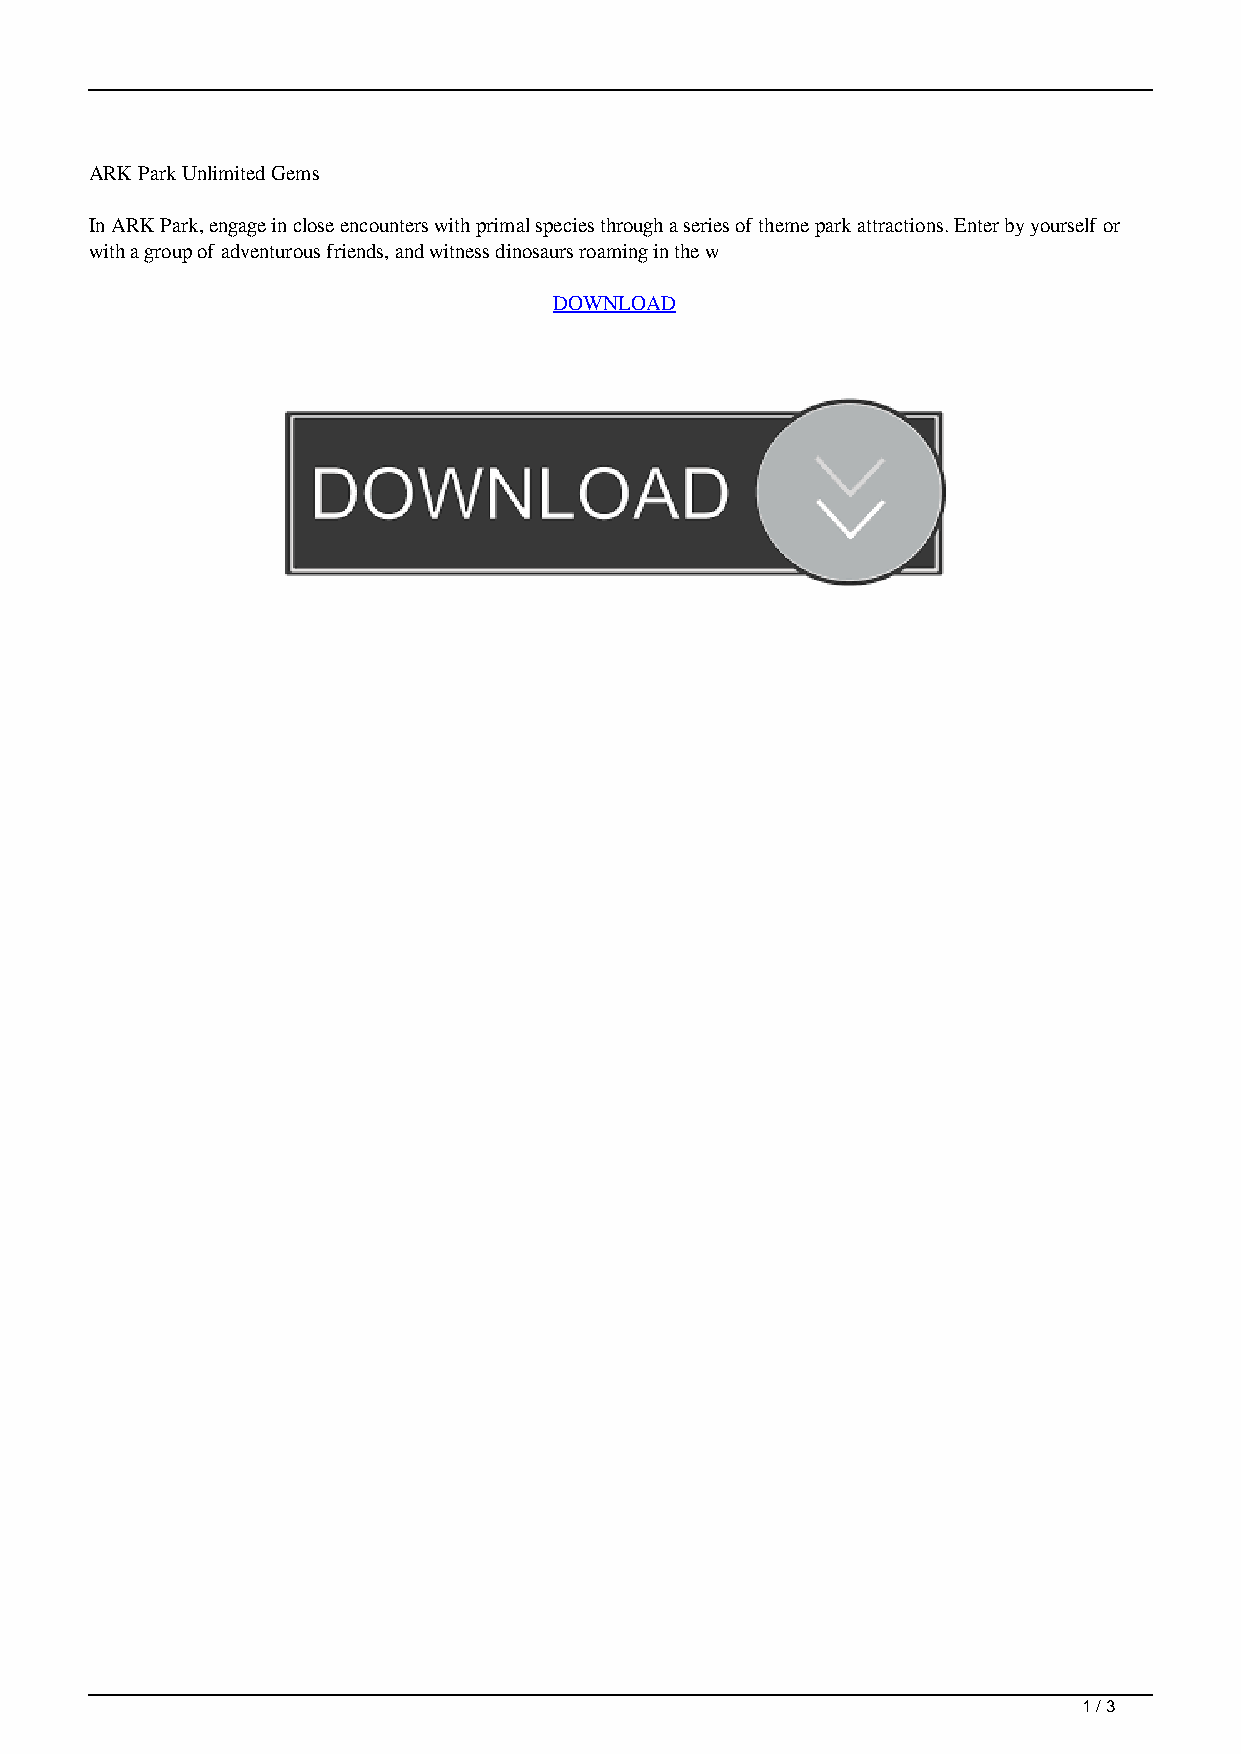
ARK Park Unlimited Gems
 In ARK Park, engage in close encounters with primal species through a series of theme park attractions. Enter by yourself or
 with a group of adventurous friends, and witness dinosaurs roaming in the w
 DOWNLOAD
 1 / 3